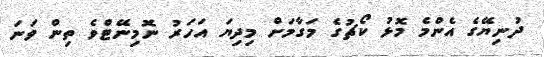
ދުނިޔޭގެ އެންމެ މޮޅު ކޯޗުގެ މަގާމަށް މިދިޔަ އަހަރު ނޮމިނޭޓްވެ ތިން ވަނަ